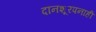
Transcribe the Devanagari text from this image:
दानशूरपनाही